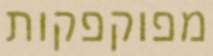
מפוקפקות